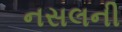
નસલની